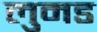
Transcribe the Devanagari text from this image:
लुमड